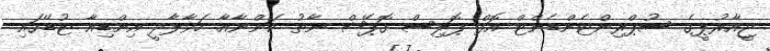
ޖީއާރުޕީގެ ސުޕްރިންޓެންޑެންޓް އޮފް ޕޮލިސް ގޮޕޭޝް ނާތު ކަންނާއާ ހަވާލާދީ އިންޑިއާ ޓުޑޭގައި